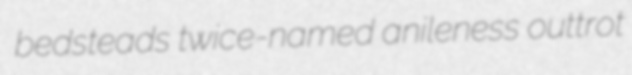
bedsteads twice-named anileness outtrot